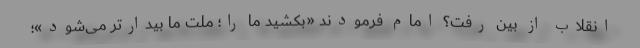
انقلاب از بین رفت؟ امام فرمودند «بکشید ما را؛ ملت ما بیدارتر می‌شود»؛